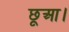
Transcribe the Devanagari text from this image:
छूआ।